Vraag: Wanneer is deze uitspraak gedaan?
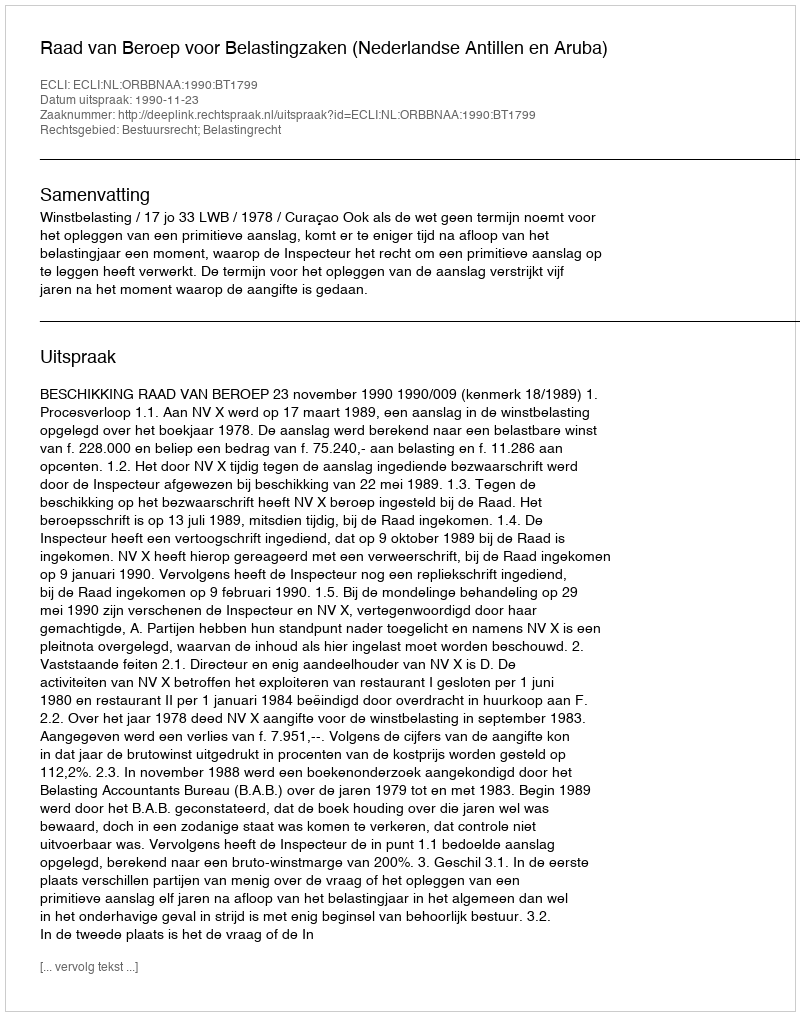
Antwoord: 1990-11-23